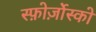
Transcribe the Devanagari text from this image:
स्फ़ोर्ज़ोस्को